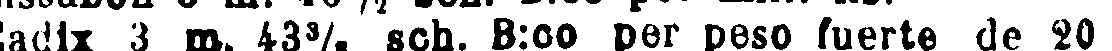
Gadix 3 m. 43³/₅ sch. B:co per peso fuerte de 20